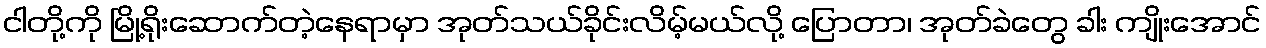
ငါတို့ကို မြို့ရိုးဆောက်တဲ့နေရာမှာ အုတ်သယ်ခိုင်းလိမ့်မယ်လို့ ပြောတာ၊ အုတ်ခဲတွေ ခါး ကျိုးအောင်